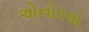
એનોરવા